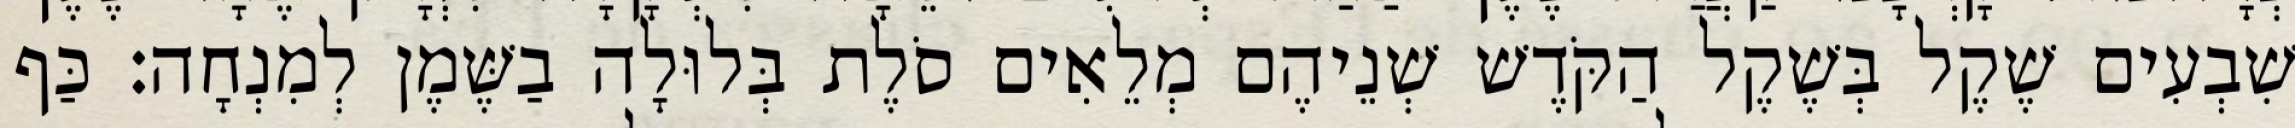
שִׁבְעִים שֶׁקֶל בְּשֶׁקֶל הַקֹּדֶשׁ שְׁנֵיהֶם מְלֵאִים סֹלֶת בְּלוּלָה בַשֶּׁמֶן לְמִנְחָה׃ כַּף